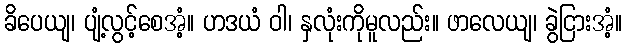
ခိပေယျ၊ ပျံ့လွင့်စေအံ့။ ဟဒယံ ဝါ၊ နှလုံးကိုမူလည်း။ ဖာလေယျ၊ ခွဲငြားအံ့။